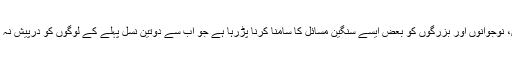
بچوں، نوجوانوں اور بزرگوں کو بعض ایسے سنگین مسائل کا سامنا کرنا پڑرہا ہے جو اَب سے دوتین نسل پہلے کے لوگوں کو درپیش نہ تھے۔